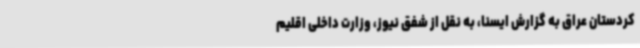
کردستان عراق به گزارش ایسنا، به نقل از شفق نیوز، وزارت داخلی اقلیم